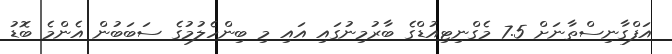
އަފްގާނިސްތާނަށް 7.5 މެގްނިޓިއުޑްގެ ބާރުމިނުގައި އައި މި ބިންހެލުމުގެ ސަބަބުން އެންމެ ބޮޑު